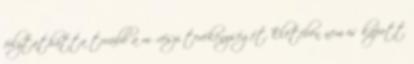
folytathatta tovább a művészi tevékenységét. Életében nem is kapott